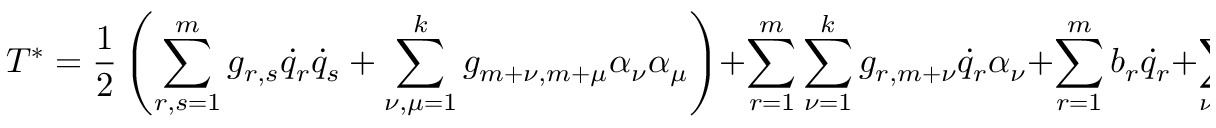
T ^ { * } = \frac { 1 } { 2 } \left( \sum _ { r , s = 1 } ^ { m } g _ { r , s } { \dot { q } } _ { r } { \dot { q } } _ { s } + \sum _ { \nu , \mu = 1 } ^ { k } g _ { m + \nu , m + \mu } \alpha _ { \nu } \alpha _ { \mu } \right) + \sum _ { r = 1 } ^ { m } \sum _ { \nu = 1 } ^ { k } g _ { r , m + \nu } { \dot { q } } _ { r } \alpha _ { \nu } + \sum _ { r = 1 } ^ { m } b _ { r } { \dot { q } } _ { r } + \sum _ { \nu = 1 } ^ { k } b _ { m + \nu } \alpha _ { \nu } + c